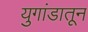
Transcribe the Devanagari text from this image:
युगांडातून